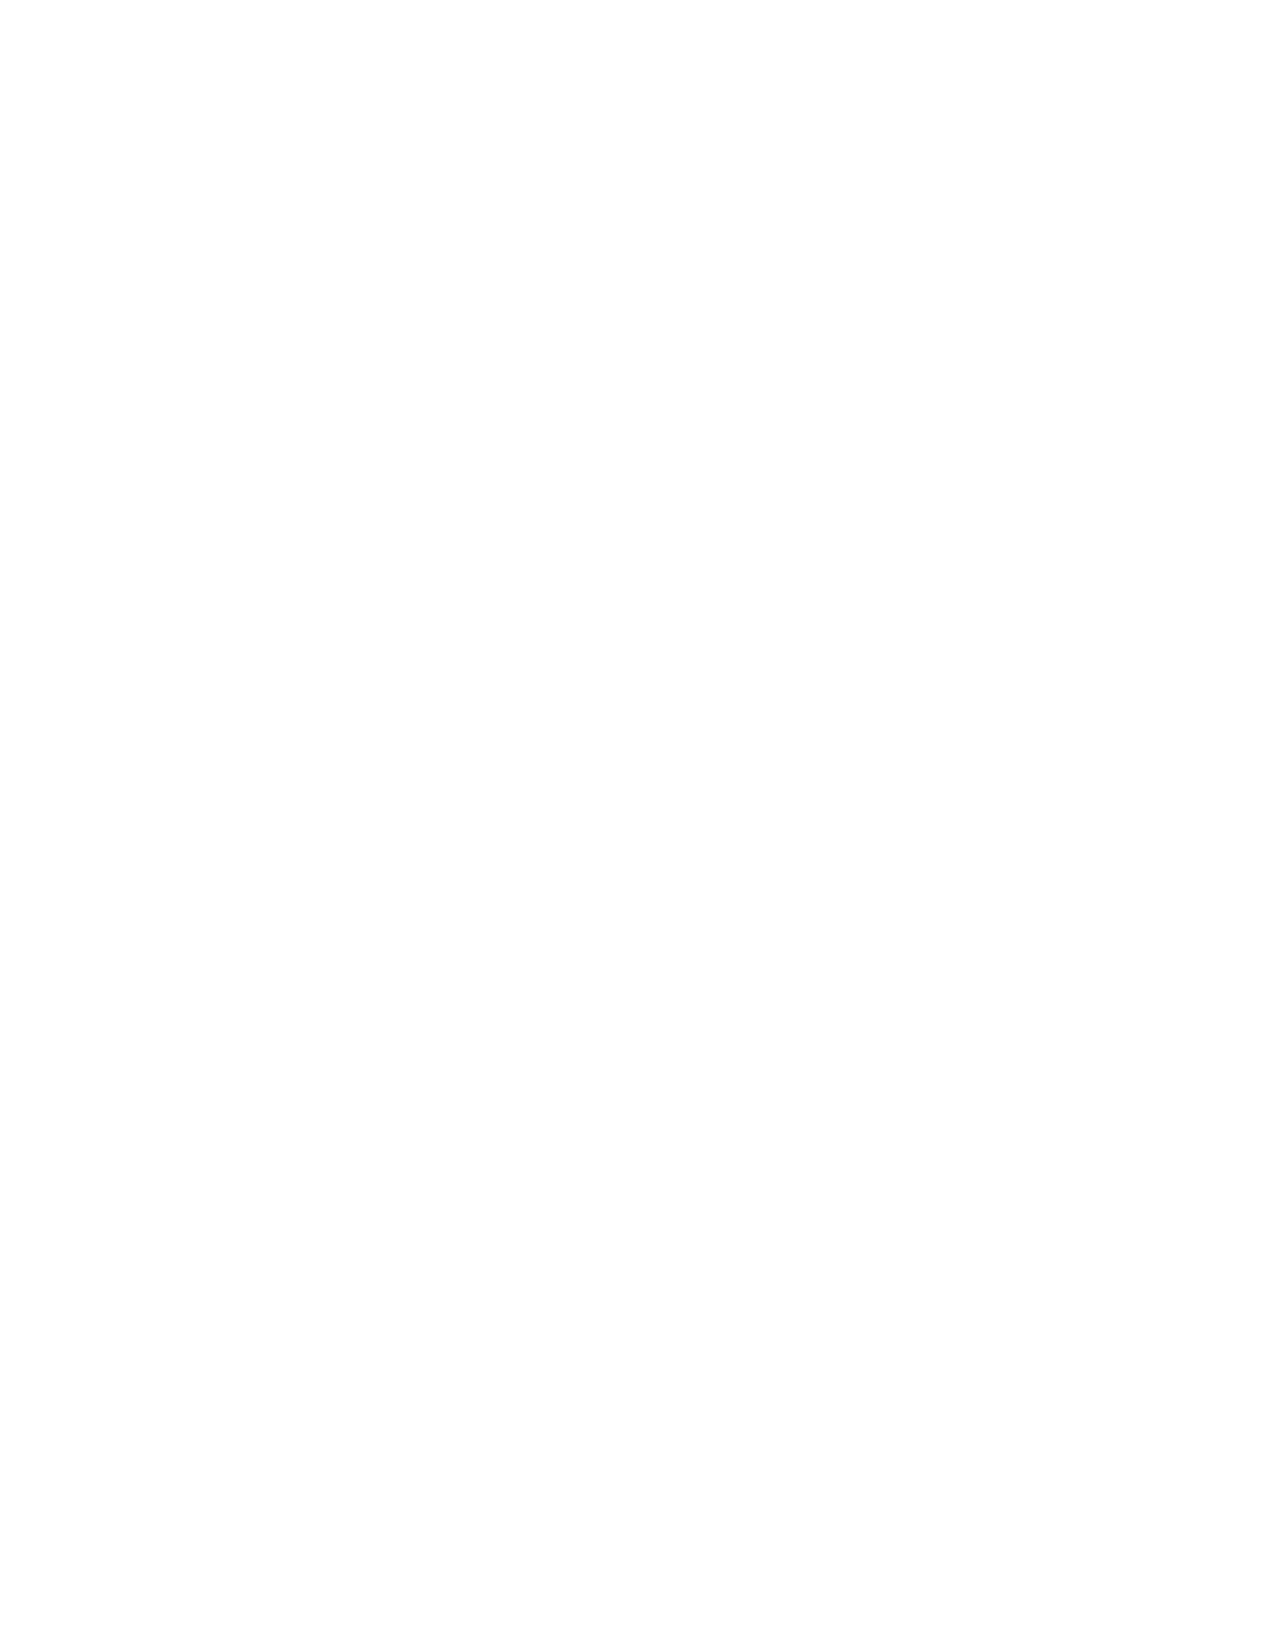
Shining a Light on Next-Gen PM Practices, page 8
 F. The Role of Leadership and Soft Skills
 The so-called “soft skills” have long been strengths of high-performing PMs, and they are only recently
 discovered by others. When the 1996 PMBOK Guide was developed, its scope excluded the soft side.
 Ironic, because our frequent quote, beginning in the early 1980s cited: “90% of project and business
 success is on the soft side.” Some argue: “The topic is already covered by Human Resources, as part of
 general management training.” The problem: some aspects of the soft side for projects differ from gen-
 eral management practice. And now, the project soft side is being proclaimed as “the next big thing!”
 An added challenge: the soft side is harder to teach, and even more difficult to learn than pm process-
 es—especially for those of us who come from a science-based background. Fortunately, we can over-
 come the challenges through attention, desire, and good coaching. Group interaction can also improve
 receptivity. We offer below an example dialogue from our workshops; we also use it in our presentation.
 One can see how the dialogue can help smooth an introduction to the topic of Leadership.
 A Workshop Scenario
 1. Name three examples of Great Managers.
 2. Name three examples of Great Leaders.
 3. What are the distinctions that caused one group to be easier to name?
 4. What are the strengths of the Great Managers you named, that caused you to name them?
 5. Can a Manager be Great if she or he is not also a Great Leader?
 6. Would You Rather be Managed, or Led?
 Another Approach
 Another introduction approach is to use the table at the
 right, from our presentation. When asked, “What hap-
 pens if any of the Technical competences are missing?”
 participants usually say the project will fail. When
 asked the same question about the Behavioral compe-
 tences, there are mixed signals and confusion, but even-
 tually most agree that it will fail, or at least fail to de-
 liver the level of success needed.
 Now that most professional associations have embraced the soft skills, and even those of us with a scien-
 tific background accept their importance, there remain many implementation questions, including:
 • Which models, instruments, and versions of soft side competences will we favor?
 • How do we integrate them into an already full (academic or practitioner) learning curriculum?
 • When will they be integrated into pm standards?
 • When will they be added to certification exams? (They have been there for 19 years for IPMA.)
 • How will we measure their effect on pm performance?
 We have only just begun to see the benefits, and need to find answers to these questions to gain more!
 © 2015, Stacy Goff; presented at the 9th Annual UTD PM Symposium, University of Texas at Dallas, 2015